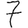
Digit: 7